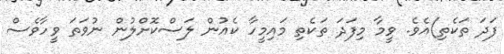
ފަދަ ތަކެތި)އެވެ. ވީމާ މިފަދަ ތަކެތި މައިމީހާ ކެއުން ލަސްކޮށްލުން ނުވަތަ ވީހާވެސް